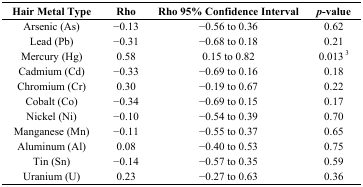
| Hair Metal Type | Rho | Rho 95% Confidence Interval | p-value |
 | --- | --- | --- | --- |
 | Arsenic (As) | −0.13 | −0.56 to 0.36 | 0.62 |
 | Lead (Pb) | −0.31 | −0.68 to 0.18 | 0.21 |
 | Mercury (Hg) | 0.58 | 0.15 to 0.82 | 0.013 3 |
 | Cadmium (Cd) | −0.33 | −0.69 to 0.16 | 0.18 |
 | Chromium (Cr) | 0.30 | −0.19 to 0.67 | 0.22 |
 | Cobalt (Co) | −0.34 | −0.69 to 0.15 | 0.17 |
 | Nickel (Ni) | −0.10 | −0.54 to 0.39 | 0.70 |
 | Manganese (Mn) | −0.11 | −0.55 to 0.37 | 0.65 |
 | Aluminum (Al) | 0.08 | −0.40 to 0.53 | 0.75 |
 | Tin (Sn) | −0.14 | −0.57 to 0.35 | 0.59 |
 | Uranium (U) | 0.23 | −0.27 to 0.63 | 0.36 |